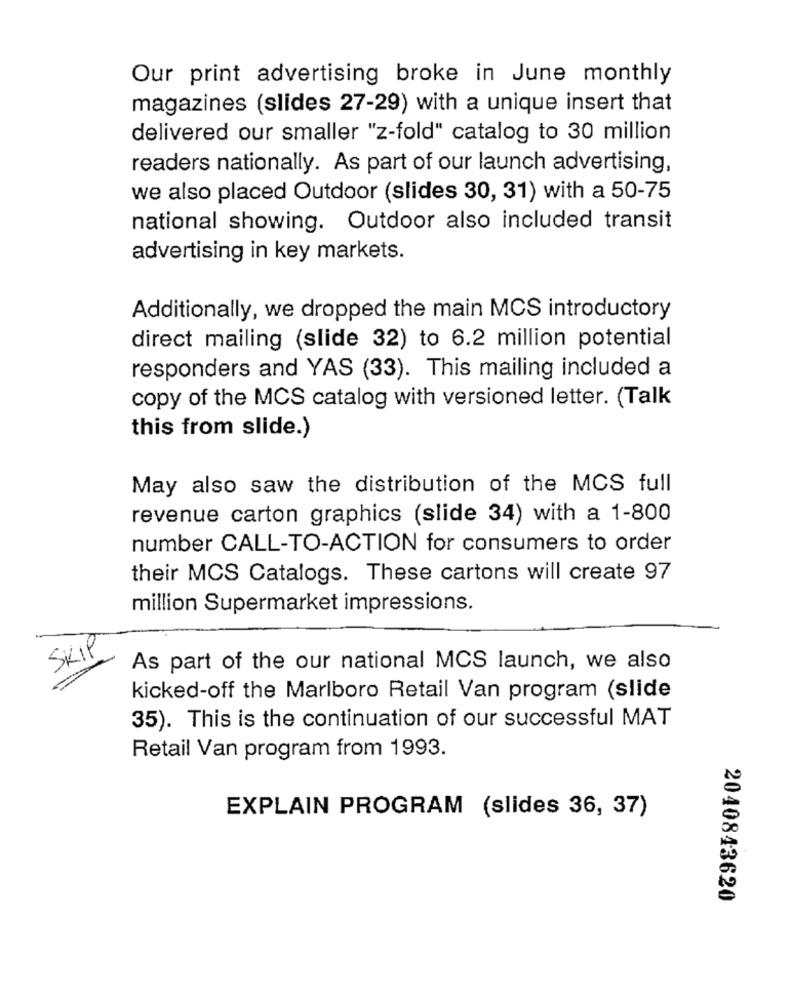
Our print advertising broke in June monthly
magazines (slides 27-29) with a unique insert that
delivered our smaller "z-fold" catalog to 30 million
readers nationally. As part of our launch advertising,
we also placed Outdoor (slides 30, 31) with a 50-75
national showing. Outdoor also included transit
advertising in key markets.
Additionally, we dropped the main MCS introductory
direct mailing (slide 32) to 6.2 million potential
responders and YAS (33). This mailing included a
copy of the MCS catalog with versioned letter. (Talk
this from slide.)
May also saw the distribution of the MCS full
revenue carton graphics (slide 34) with a 1-800
number CALL-TO-ACTION for consumers to order
their MCS Catalogs. These cartons will create 97
million Supermarket impressions.
SKIP
As part of the our national MCS launch, we also
kicked-off the Marlboro Retail Van program (slide
35). This is the continuation of our successful MAT
Retail Van program from 1993.
EXPLAIN PROGRAM (slides 36, 37)
2040843620